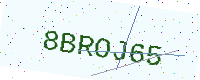
Text: 8BROJ65